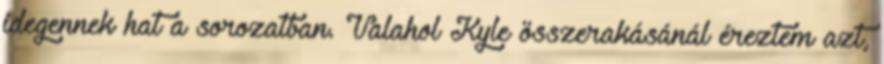
idegennek hat a sorozatban. Valahol Kyle összerakásánál éreztem azt,